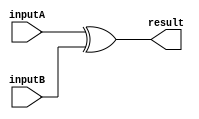
module adder (
    input wire inputA,inputB,
    output wire result
);
assign result = inputA^inputB;    
endmodule